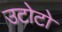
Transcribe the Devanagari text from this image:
उटोटो